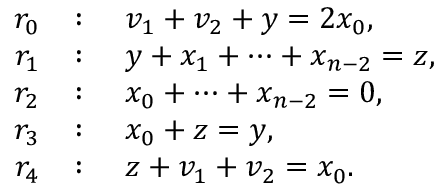
\begin{array} { r l } { r _ { 0 } } & { \colon \quad v _ { 1 } + v _ { 2 } + y = 2 x _ { 0 } , } \\ { r _ { 1 } } & { \colon \quad y + x _ { 1 } + \cdots + x _ { n - 2 } = z , } \\ { r _ { 2 } } & { \colon \quad x _ { 0 } + \cdots + x _ { n - 2 } = 0 , } \\ { r _ { 3 } } & { \colon \quad x _ { 0 } + z = y , } \\ { r _ { 4 } } & { \colon \quad z + v _ { 1 } + v _ { 2 } = x _ { 0 } . } \end{array}